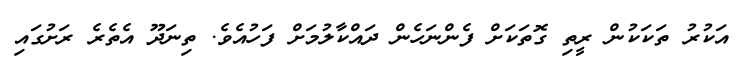
އަކުރު ތަކަކުން ރީތި ގޮތަކަށް ފެންނަހެން ދައްކާލުމަށް ފަހުއެވެ. ތިނަދޫ އެތެރެ ރަށުގައި